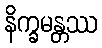
နိက္ခမန္တဿ